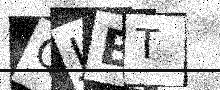
Text: QJBT